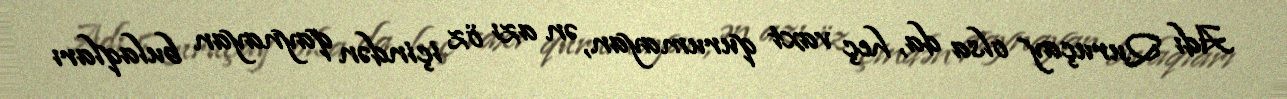
Adı Quruçay olsa da, heç vaxt qurumayan, ən azı öz içindən qaynayan bulaqları